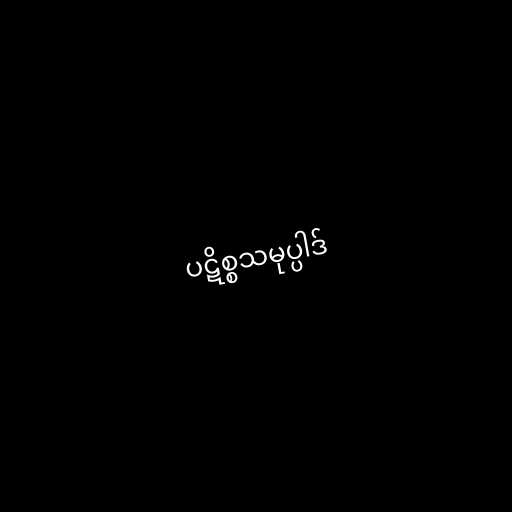
ပဋိစ္စသမုပ္ပါဒ်